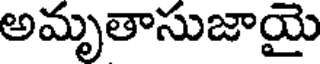
అమృతాసుజాయై